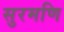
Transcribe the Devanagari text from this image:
सुरमणि